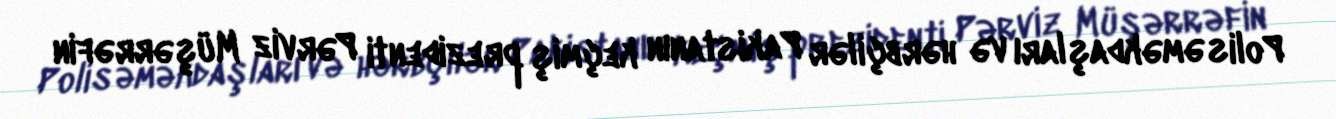
Polis əməkdaşları və hərbçilər Pakistanın keçmiş prezidenti Pərviz Müşərrəfin